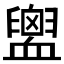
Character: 𧗕